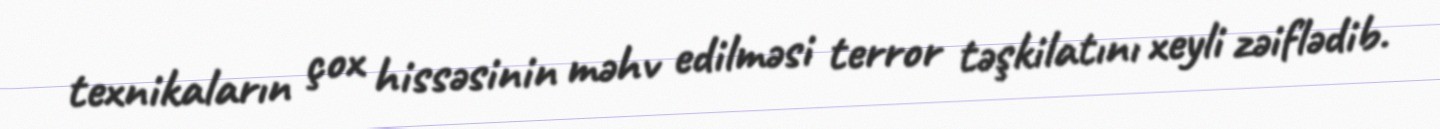
texnikaların çox hissəsinin məhv edilməsi terror təşkilatını xeyli zəiflədib.